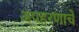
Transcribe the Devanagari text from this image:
अपहरणाचे